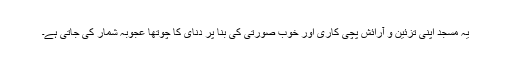
یہ مسجد اپنی تزئین و آرائش پچی کاری اور خوب صورتی کی بنا پر دنای کا چوتھا عجوبہ شمار کی جاتی ہے۔